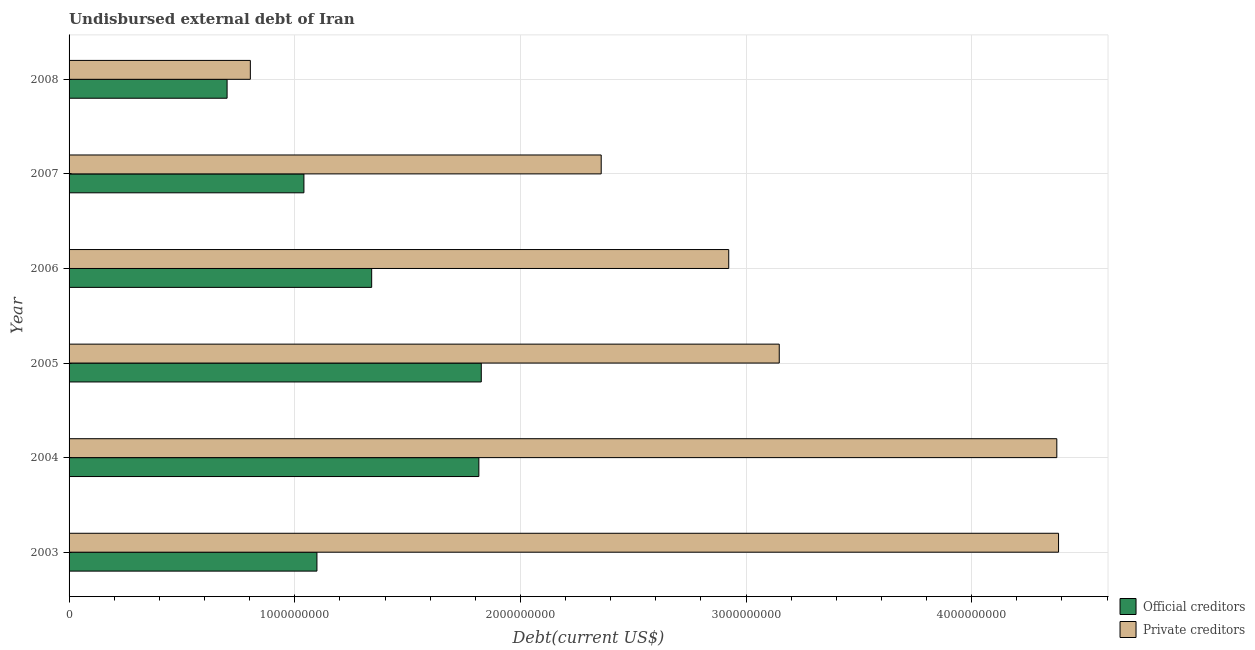
| Year | Official creditors | Private creditors |
 | --- | --- | --- |
 | 2003 | 1.1e+09 | 4.38e+09 |
 | 2004 | 1.82e+09 | 4.38e+09 |
 | 2005 | 1.83e+09 | 3.15e+09 |
 | 2006 | 1.34e+09 | 2.92e+09 |
 | 2007 | 1.04e+09 | 2.36e+09 |
 | 2008 | 7e+08 | 8.03e+08 |